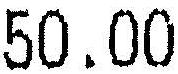
50.00